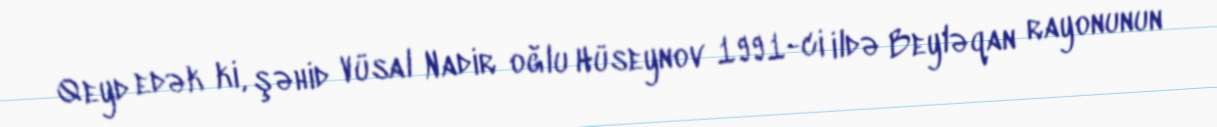
Qeyd edək ki, şəhid Vüsal Nadir oğlu Hüseynov 1991-ci ildə Beyləqan rayonunun